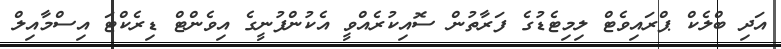
އަދި ބްލެކް ޕްރައިވެޓް ލިމިޓެޑުގެ ފަރާތުން ސޮއިކުރެއްވީ އެކުންފުނީގެ އިވެންޓް ޑިރެކްޓަ އިސްމާއިލް